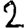
Digit: 2